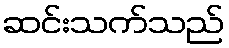
ဆင်းသက်သည်